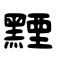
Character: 黫